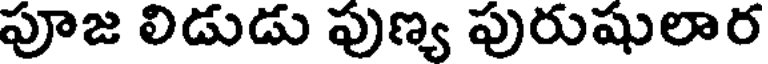
పూజ లిడుడు పుణ్య పురుషులార